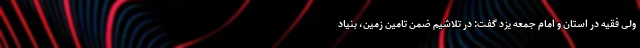
ولی فقیه در استان و امام جمعه یزد گفت: در تلاشیم ضمن تامین زمین، بنیاد